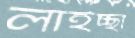
লাইচ্ছা